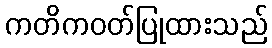
ကတိကဝတ်ပြုထားသည်